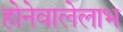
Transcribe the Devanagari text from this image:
होनेवालेलाभ